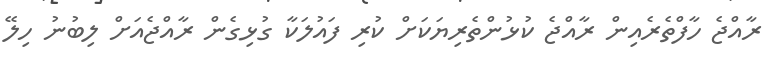
ރާއްޖެ ހާފްތެރެއިން ރާއްޖެ ކުޅުންތެރިޔަކަށް ކުރި ފައުލަކާ ގުޅިގެން ރާއްޖެއަށް ލިބުނު ހިލޭ